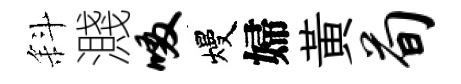
斜濺啜熳婦黄荀